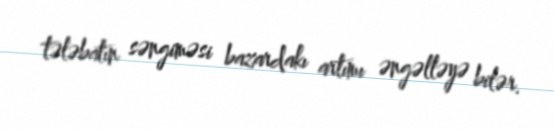
tələbatın səngiməsi bazardakı artımı əngəlləyə bilər.